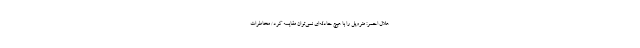
هلال احمر: متروپل را با هیچ حادثه‌ای نمی‌توان مقایسه کرد/ مخاطرات